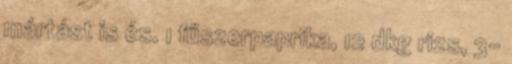
mártást is és. 1 fűszerpaprika, 12 dkg rizs, 3-